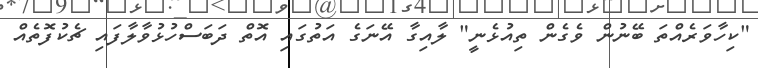
"ކިހާވަރެއްތަ ބޭނުން ވެގެން ތިއުޅެނީ" ލާއިގާ އޭނަގެ އަތުގައި އޮތް ދަބަސްހުޅުވާލާފައި ޗެކުފޮތެއް